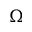
\Omega